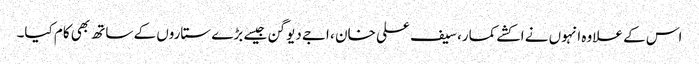
اس کے علاوہ انہوں نے اکشے کمار، سیف علی خان ، اجے دیوگن جیسے بڑے ستاروں کے ساتھ بھی کام کیا۔